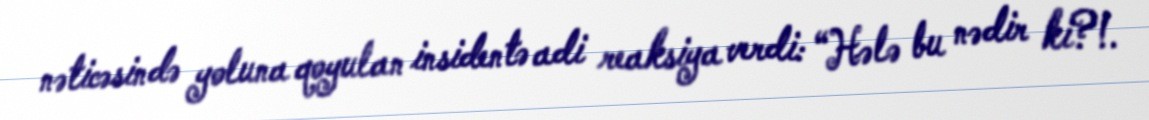
nəticəsində yoluna qoyulan insidentə adi reaksiya verdi: “Hələ bu nədir ki?!.